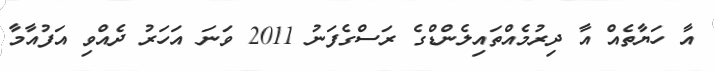
އާ ހަޔާތެއް އާ ދިރުމެއްތައިލެންޑްގެ ރަސްގެފަނު 2011 ވަނަ އަހަރު ދެއްވި އަފުއާމާ